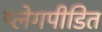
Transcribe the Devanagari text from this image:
प्लेगपीडित